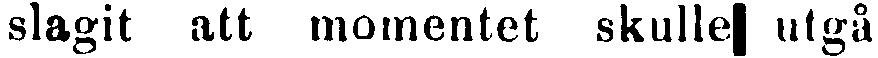
slagit att momentet skulle utgå